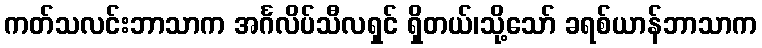
ကတ်သလင်းဘာသာက အင်္ဂလိပ်သီလရှင် ရှိတယ်၊သို့သော် ခရစ်ယာန်ဘာသာက